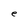
Character: e